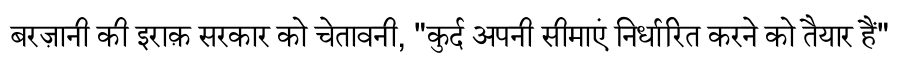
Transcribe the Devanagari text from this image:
बरज़ानी की इराक़ सरकार को चेतावनी, "कुर्द अपनी सीमाएं निर्धारित करने को तैयार हैं"